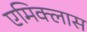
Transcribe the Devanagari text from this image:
एमिक्लास